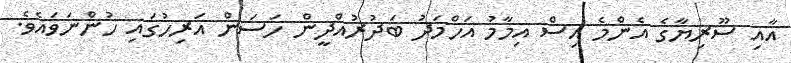
އާއި ސޫރިޔާގެ އެންމެ އިސް އިމާމު އަހްމަދު ބަދުރުއްދީން ހަސަން އަރިހުގައި ހުންނަވައެވެ.